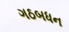
ગઠબધન